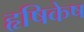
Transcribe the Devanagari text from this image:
हृषिकेष